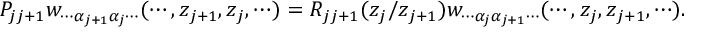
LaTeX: P _ { j j + 1 } w _ { \cdots \alpha _ { j + 1 } \alpha _ { j } \cdots } ( \cdots , z _ { j + 1 } , z _ { j } , \cdots ) = R _ { j j + 1 } ( z _ { j } / z _ { j + 1 } ) w _ { \cdots \alpha _ { j } \alpha _ { j + 1 } \cdots } ( \cdots , z _ { j } , z _ { j + 1 } , \cdots ) .